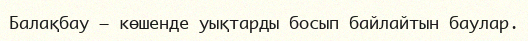
Балақбау – көшенде уықтарды босып байлайтын баулар.